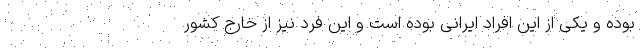
بوده و یکی از این افراد ایرانی بوده است و این فرد نیز از خارج کشور